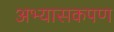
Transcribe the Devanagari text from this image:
अभ्यासकपण